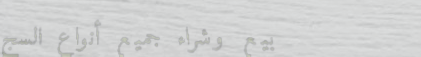
بيع وشراء جميع أنواع السج